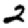
Digit: 2